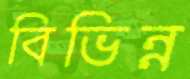
বিভিন্ন